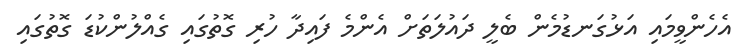
އެހެންވީމައި އަޅުގަނޑުމެން ބެލީ ދައުލަތަށް އެންމެ ފައިދާ ހުރި ގޮތުގައި ގެއްލުންކުޑަ ގޮތުގައި